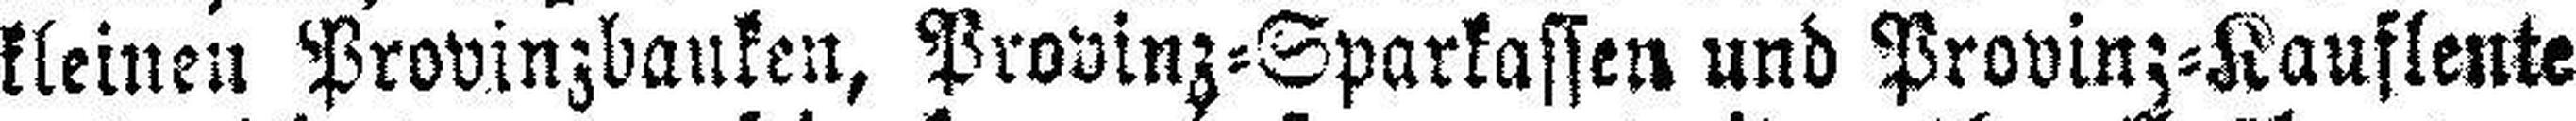
kleinen Provinzbanken, Provinz=Sparkassen und Provinz=Kaufleute